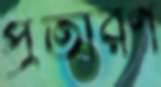
প্রতারণ